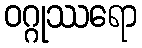
ဝဂ္ဂုဿရော